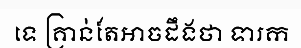
ទេ គ្រាន់តែអាចដឹងថា ទារក